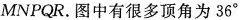
MNPQR.图中有很多顶角为36^{\circ}